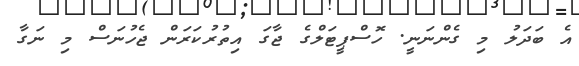
އެ ބަދަލު މި ގެންނަނީ. ހޮސްޕީޓަލްގެ ޖާގަ އިތުރުކަރަން ޖެހުނަސް މި ނަގާ